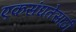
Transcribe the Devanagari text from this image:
एकसंघतेसाठी